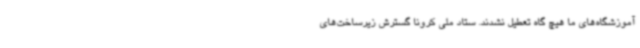
آموزشگاه‌های ما هیچ گاه تعطیل نشدند. ستاد ملی کرونا گسترش زیرساخت‌های